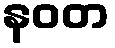
နဝတ